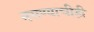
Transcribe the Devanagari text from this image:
नसण्याचीही